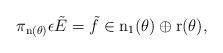
LaTeX: \begin{align*} \pi_{\textnormal{n}(\theta)}\epsilon \tilde E = \tilde f\in \textnormal{n}_1(\theta)\oplus \textnormal{r}(\theta), \end{align*}